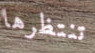
تنتظرها